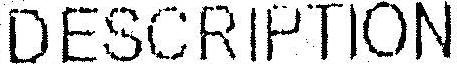
DESCRIPTION